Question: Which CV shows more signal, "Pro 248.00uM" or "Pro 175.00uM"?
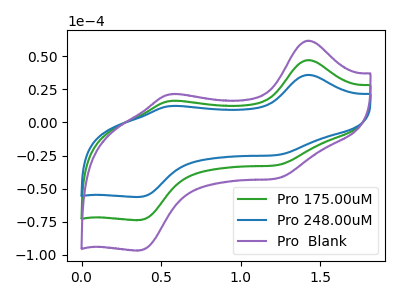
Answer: <think>The green curve "Pro 175.00uM" has anodic peaks at (1.40V, 47.20uA) (0.55V, 16.25uA) and cathodic peaks at (1.25V, -32.10uA) (0.35V, -73.80uA). The blue curve "Pro 248.00uM" has anodic peaks at (1.40V, 36.00uA) (0.55V, 12.40uA) and cathodic peaks at (1.25V, -24.50uA) (0.35V, -56.30uA). The purple curve "Pro  Blank" has anodic peaks at (1.40V, 94.40uA) (0.55V, 32.50uA) and cathodic peaks at (1.25V, -64.25uA) (0.35V, -147.60uA).
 All the peaks in "Pro 248.00uM" have a peak in "Pro 175.00uM" at the same potential. Every peak in "Pro 248.00uM" is lower than every peak in "Pro 175.00uM".</think>
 <answer>"Pro 248.00uM" has less signal than "Pro 175.00uM".</answer>
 <eval>less_signal</eval>